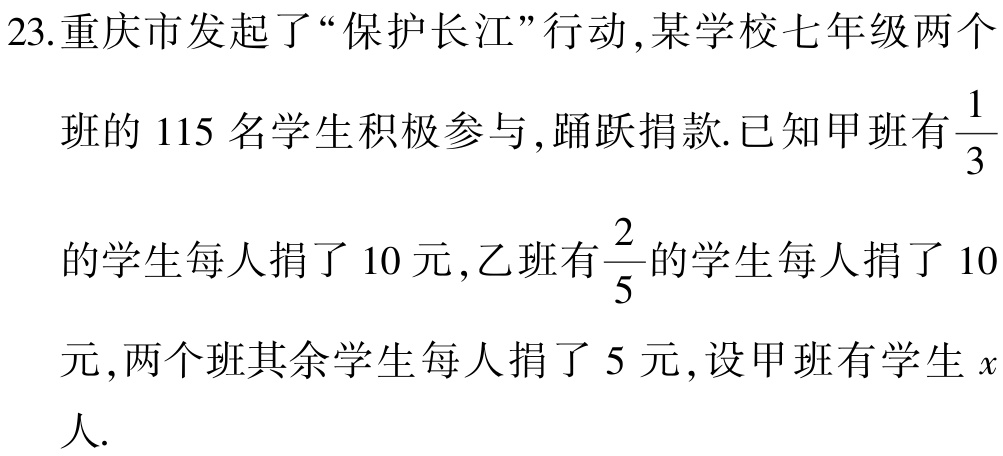
23.重庆市发起了“保护长江”行动,某学校七年级两个
班的 115 名学生积极参与,踊跃捐款.已知甲班有$\frac{1}{3}$
的学生每人捐了 10 元,乙班有$\frac{2}{5}$的学生每人捐了 10
元,两个班其余学生每人捐了 5 元,设甲班有学生$x$
人.